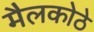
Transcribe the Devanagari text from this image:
मैलकोठे